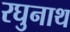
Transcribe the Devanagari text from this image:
रघुनाथ